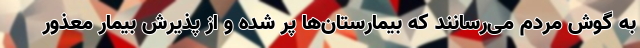
به گوش مردم می‌رسانند که بیمارستان‌ها پر شده و از پذیرش بیمار معذور